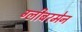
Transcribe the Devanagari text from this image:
ग्लीबरमेन